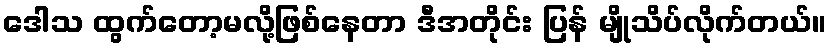
ဒေါသ ထွက်တော့မလို့ဖြစ်နေတာ ဒီအတိုင်း ပြန် မျိုသိပ်လိုက်တယ်။